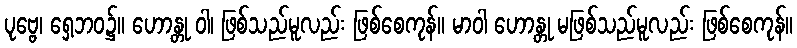
ပုဗ္ဗေ၊ ရှေ့ဘဝ၌။ ဟောန္တု ဝါ၊ ဖြစ်သည်မူလည်း ဖြစ်စေကုန်။ မာဝါ ဟောန္တု မဖြစ်သည်မူလည်း ဖြစ်စေကုန်။